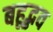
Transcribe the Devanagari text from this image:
बहूद्भव